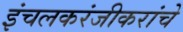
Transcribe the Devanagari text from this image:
इंचलकरंजीकरांचे